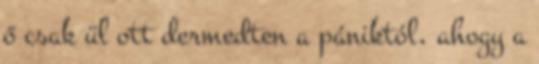
ő csak ül ott dermedten a pániktól, ahogy a